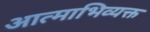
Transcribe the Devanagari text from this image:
आत्माभिव्यक्त